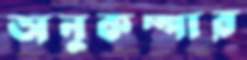
অনুকম্পার